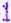
1